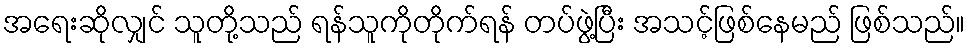
အရေးဆိုလျှင် သူတို့သည် ရန်သူကိုတိုက်ရန် တပ်ဖွဲ့ပြီး အသင့်ဖြစ်နေမည် ဖြစ်သည်။